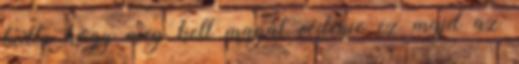
tudta hogy meg kell magát védenie ez majd az